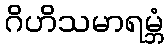
ဂိဟိသမာရမ္ဘံ